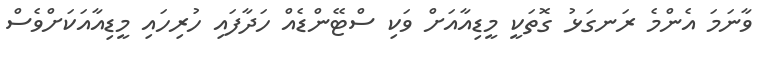
ވާނަމަ އެންމެ ރަަނގަޅު ގޮތަކީ މީޑިއާއަށް ވަކި ސްޓޭންޑެއް ހަދާފައި ހުރިހައި މީޑިއާއަކަށްވެސް